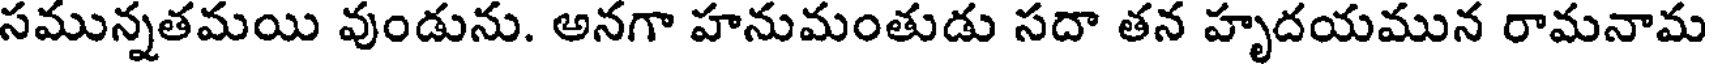
సమున్నతమయి వుండును. అనగా హనుమంతుడు సదా తన హృదయమున రామనామ